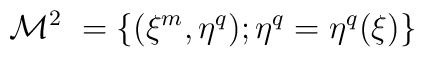
{\cal M}^{2}~ = \{ (\xi^{m}, \eta^q); \eta^q = \eta^q(\xi) \}